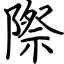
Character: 際